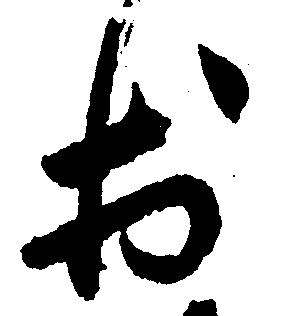
於